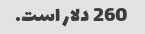
260 دلار است.